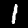
Digit: 1